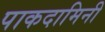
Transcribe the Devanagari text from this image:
पाकदामिनी